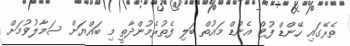
ތެރޭގައި ހޭންޑް ފުޓް އެންޑް މައުތް ބަލި ފެތުރެމުންދާތީ މި ބައްޔަށް ސަމާލުވުމަށް